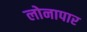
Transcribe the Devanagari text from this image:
लोनापार